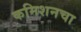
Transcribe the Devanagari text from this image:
कमिशनचा